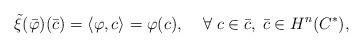
LaTeX: \begin{align*} \footnotesize\tilde{\xi}(\bar{\varphi})(\bar{c})= \langle \varphi, c \rangle =\varphi(c), ~~~~\forall~c \in \bar{c}, ~\bar{c} \in H^n(C^*),\end{align*}